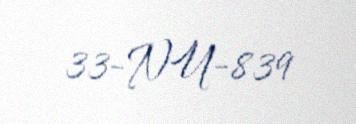
33-NU-839